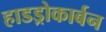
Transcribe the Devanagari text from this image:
हाडड्रोकार्बन